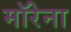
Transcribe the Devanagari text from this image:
मॉरेना